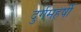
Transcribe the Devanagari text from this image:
दुर्गमहर्षी